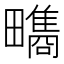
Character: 𤳬